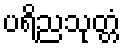
ပရိညသုတ္တံ